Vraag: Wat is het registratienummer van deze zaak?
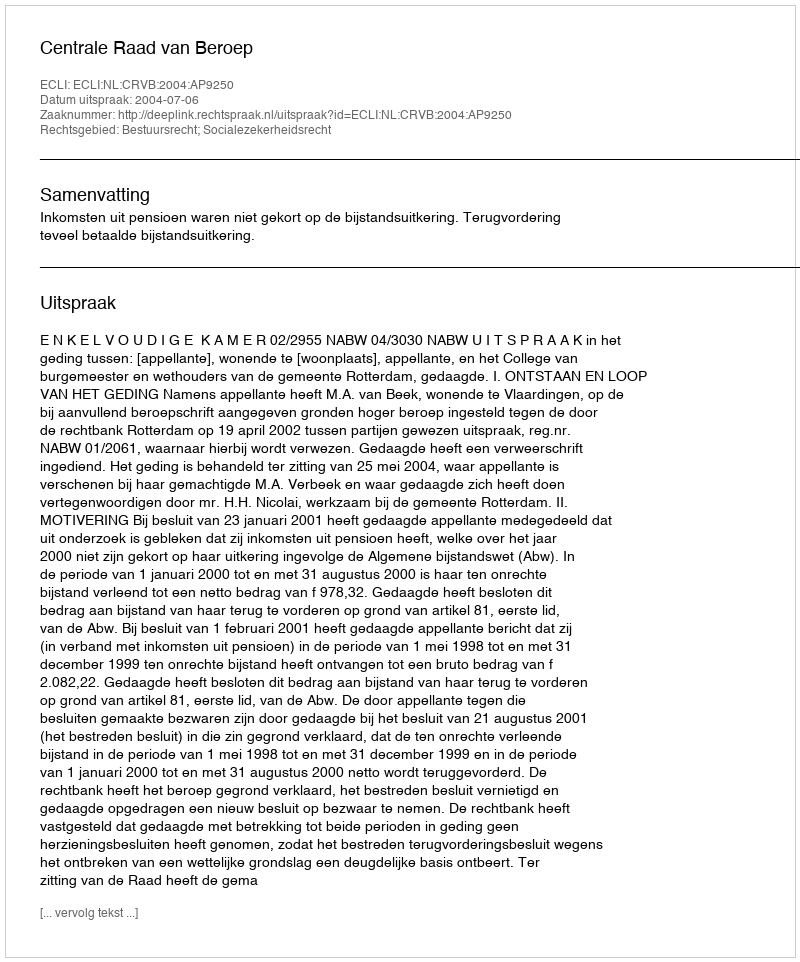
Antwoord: http://deeplink.rechtspraak.nl/uitspraak?id=ECLI:NL:CRVB:2004:AP9250